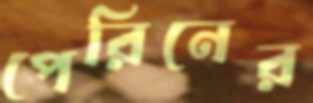
পেরিনের